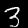
Label: 3